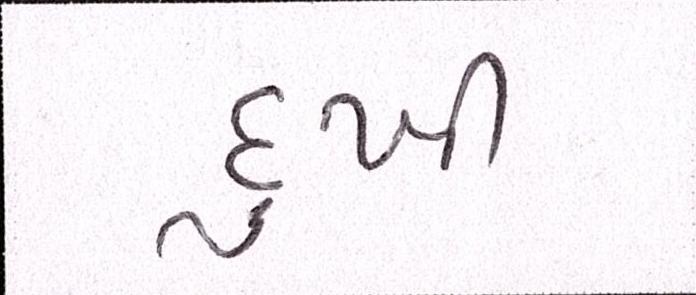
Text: દુખી